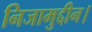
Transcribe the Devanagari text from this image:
निजामुद्दीन।